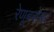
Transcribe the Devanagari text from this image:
रेणूबरोबर